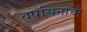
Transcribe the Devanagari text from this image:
वर्षासनाची